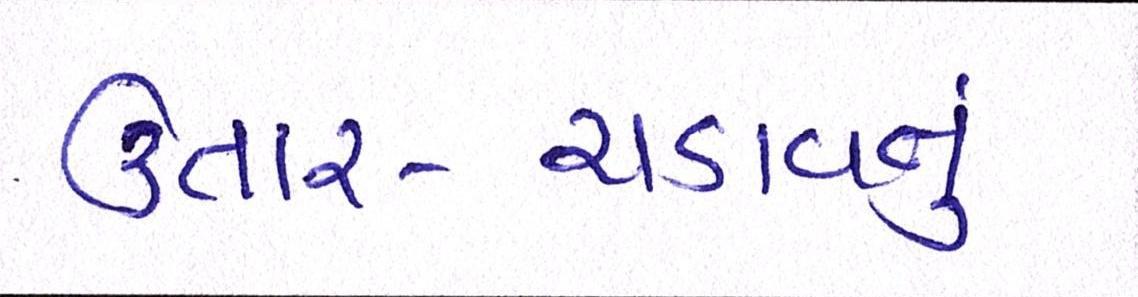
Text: ઉતાર-ચડાવનું